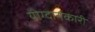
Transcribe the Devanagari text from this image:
योग्दानकारी